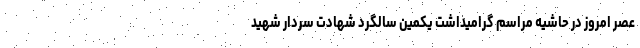
عصر امروز ‌در حاشیه مراسم گرامیداشت یکمین سالگرد شهادت سردار شهید